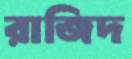
রাজিদ